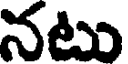
నటు